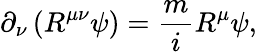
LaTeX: \partial_{\nu}\left(R^{\mu\nu}\psi\right)=\frac{m}{i}R^{\mu}\psi,